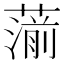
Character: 𦺍